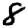
Digit: 8